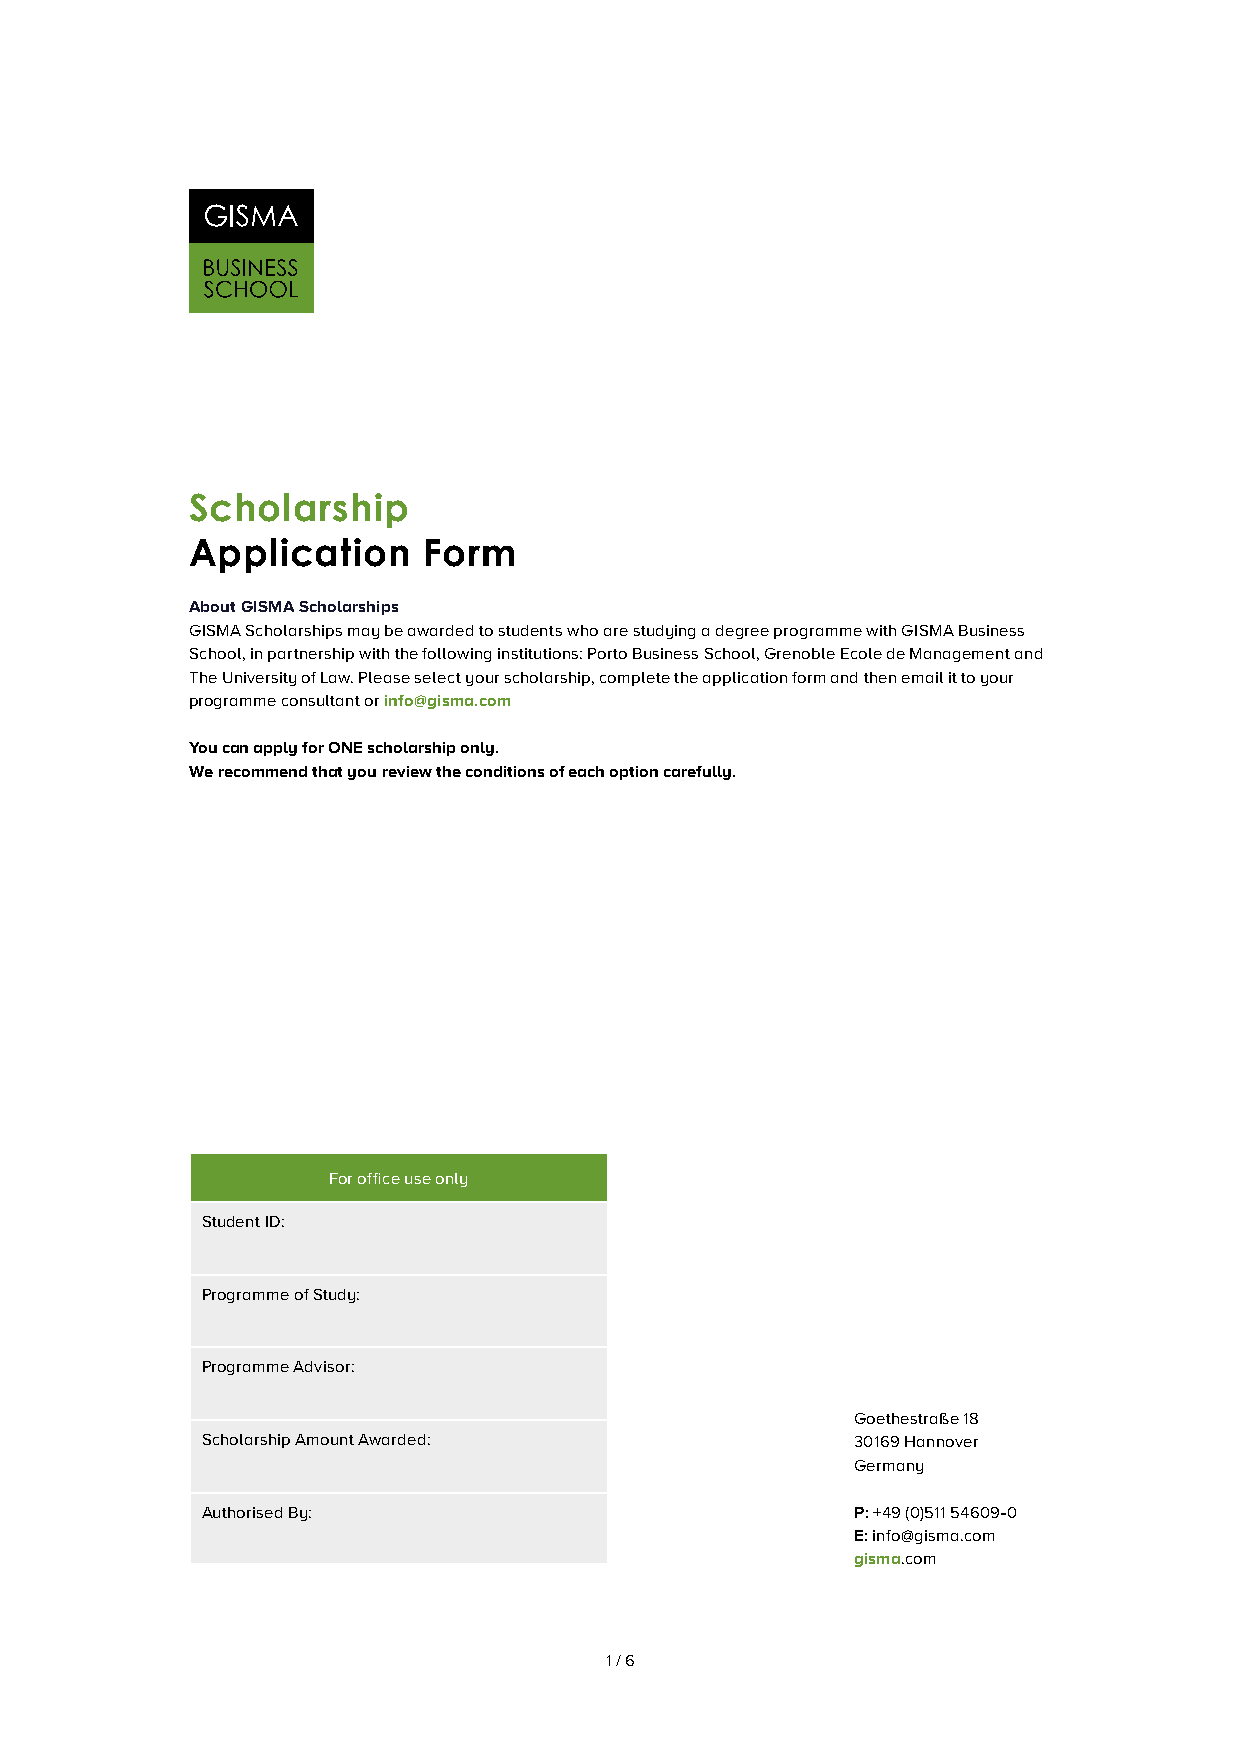
Scholarship
 Application    Form
 About GISMA Scholarships
 GISMA Scholarships may be awarded to students who are studying a degree programme with GISMA Business
 School, in partnership with the following institutions: Porto Business School, Grenoble Ecole de Management and
 The University of Law. Please select your scholarship, complete the application form and then email it to your
 programme consultant or info@gisma.com
 You can apply for ONE scholarship only.
 We recommend that you review the conditions of each option carefully.
 For office use only
 Student ID:
 Programme of Study:
 Programme Advisor:
 Goethestraße 18
 Scholarship Amount Awarded:                30169 Hannover
 Germany
 Authorised By:                             P: +49 (0)511 54609-0
 E: info@gisma.com
 gisma.com
 1 / 6